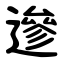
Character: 遪